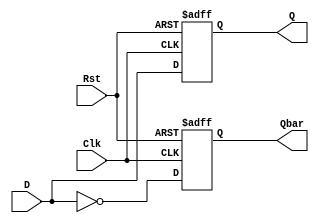
`timescale 1ns/1ps
// D FF with Asyncronous Reset  

module D_FF_asynRst(Q, Qbar, D, Clk, Rst);
	
	output reg Q, Qbar;
	input D, Clk, Rst; 

always@(negedge Clk or posedge Rst)
begin
	if(Rst)
	begin
		Q <= 1'b0;
		Qbar <= 1'b1;

	end
	else
	begin
		Q <= D;
		Qbar <= ~D;

	end


end

endmodule

module D_FF_asynRst_tb();
	
	wire Q, Qbar;
	reg D, Clk, Rst; 

D_FF_asynRst dff0(Q, Qbar, D, Clk, Rst);

initial 
begin
	D = 1'b0;
	Clk = 1'b1;
	Rst = 1'b1;
	Rst = #25 1'b0;

end
always # 22 D = ~D;
always #5 Clk = ~Clk;

endmodule